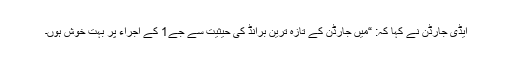
ایڈی جارڈن نے کہا کہ: “میں جارڈن کے تازہ ترین برانڈ کی حیثیت سے جے1 کے اجراء پر بہت خوش ہوں۔